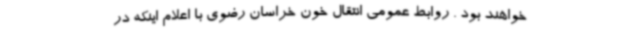
خواهند بود . روابط عمومی انتقال خون خراسان رضوی با اعلام اینکه در